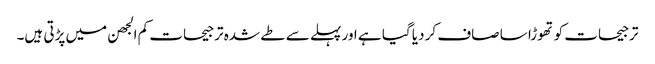
ترجیحات کو تھوڑا سا صاف کر دیا گیا ہے اور پہلے سے طے شدہ ترجیحات کم الجھن میں پڑتی ہیں۔